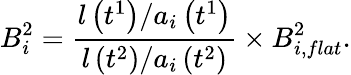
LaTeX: B_{i}^{2}=\frac{l\left(t^{1}\right)/a_{i}\left(t^{1}\right)}{l\left(t^{2}\right)/a_{i}\left(t^{2}\right)}\times B_{i,flat}^{2}.